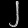
Digit: ၂